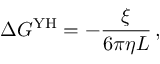
\Delta G ^ { \mathrm { Y H } } = - \frac { \xi } { 6 \pi \eta L } \, ,